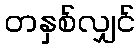
တနှစ်လျှင်